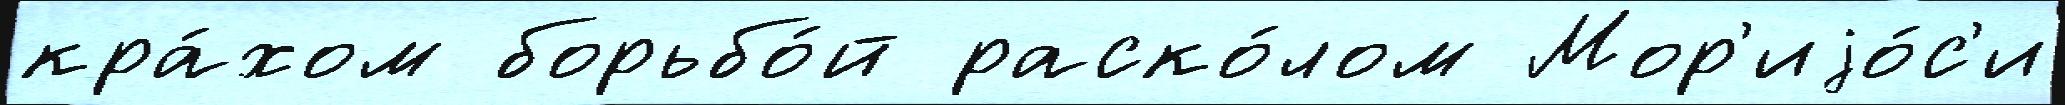
кра́хом борьбо́й раско́лом Мор'иjо́с'и